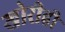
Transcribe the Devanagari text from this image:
खोरीही